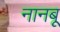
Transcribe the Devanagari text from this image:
नानबू